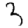
Digit: 3